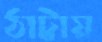
ঠাট্টায়